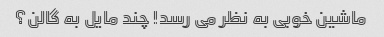
ماشین خوبی به نظر می رسد! چند مایل به گالن؟